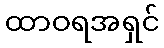
ထာဝရအရှင်